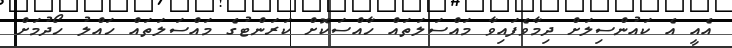
އެއީ އެ ކައުންސިލަށް ދިމާވެފައިވާ މައްސަލަތައް ހާއްސަކޮށް ކަރަންޓުގެ މައްސަލަތައް ހައްލު ހޯދުމަށް